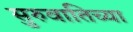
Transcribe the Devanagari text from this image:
सुरुवातिच्या